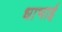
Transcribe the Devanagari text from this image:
धाभाई